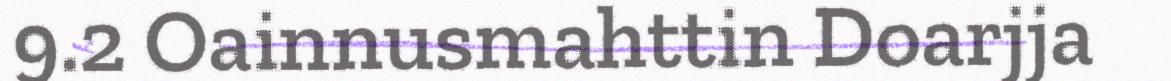
9.2 Oainnusmahttin Doarjja